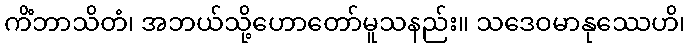
ကိံဘာသိတံ၊ အဘယ်သို့ဟောတော်မူသနည်း။ သဒေဝမာနုဿေဟိ၊